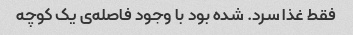
فقط غذا سرد. شده بود با وجود فاصله‌ی یک کوچه